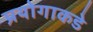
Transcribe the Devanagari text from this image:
प्रयोगाकडे